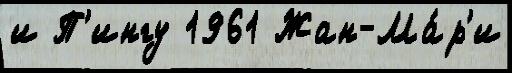
и П'ингу 1961 Жан-Ма́р'и